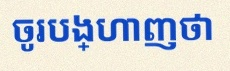
ចូរបង្ហាញថា